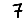
Digit: 7